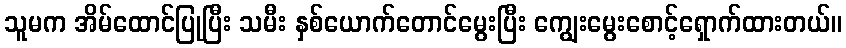
သူမက အိမ်ထောင်ပြုပြီး သမီး နှစ်ယောက်တောင်မွေးပြီး ကျွေးမွေးစောင့်ရှောက်ထားတယ်။